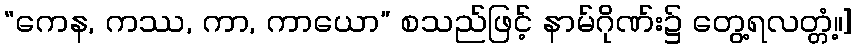
“ကေန, ကဿ, ကာ, ကာယော” စသည်ဖြင့် နာမ်ဂိုဏ်း၌ တွေ့ရလတ္တံ့။]